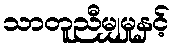
သာတူညီမျှမှုနှင့်